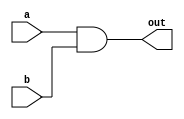
`timescale 1ns / 1ps
//////////////////////////////////////////////////////////////////////////////////
// Company: 
// Engineer: 
// 
// Design Name: 
// Module Name: ANDgate
// Project Name: 
// Target Devices: 
// Tool Versions: 
// Description: 
// 
// Dependencies: 
// 
// Revision:
// Revision 0.01 - File Created
// Additional Comments:
// 
//////////////////////////////////////////////////////////////////////////////////


module ANDgate(
    input a,
    input b,
    output out
    );
    
    and a0 (out, a, b);
   
endmodule